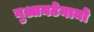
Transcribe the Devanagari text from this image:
गुआनटेनामो